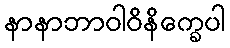
နာနာဘာဝါဝိနိက္ခေပါ